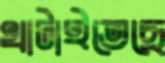
খাটাইতেছে